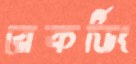
রেকর্ডিং